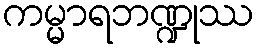
ကမ္မာရဘဏ္ဍုဿ